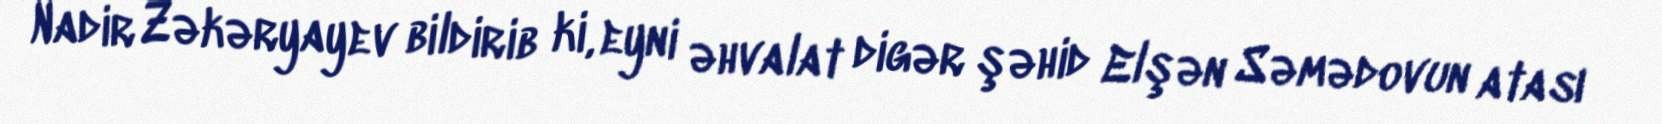
Nadir Zəkəryayev bildirib ki, eyni əhvalat digər şəhid Elşən Səmədovun atası